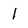
Character: 1